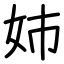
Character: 姉